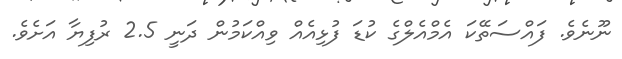
ނޫނެވެ. ފައްސަތޭކަ އެމްއެލްގެ ކުޑަ ފުޅިއެއް ވިއްކަމުން ދަނީ 2.5 ރުފިޔާ އަށެވެ.